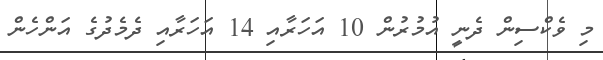
މި ވެކްސިން ދެނީ އުމުރުން 10 އަހަރާއި 14 އަހަރާއި ދެމެދުގެ އަންހެން